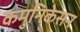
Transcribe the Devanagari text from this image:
कमुनिकेसन